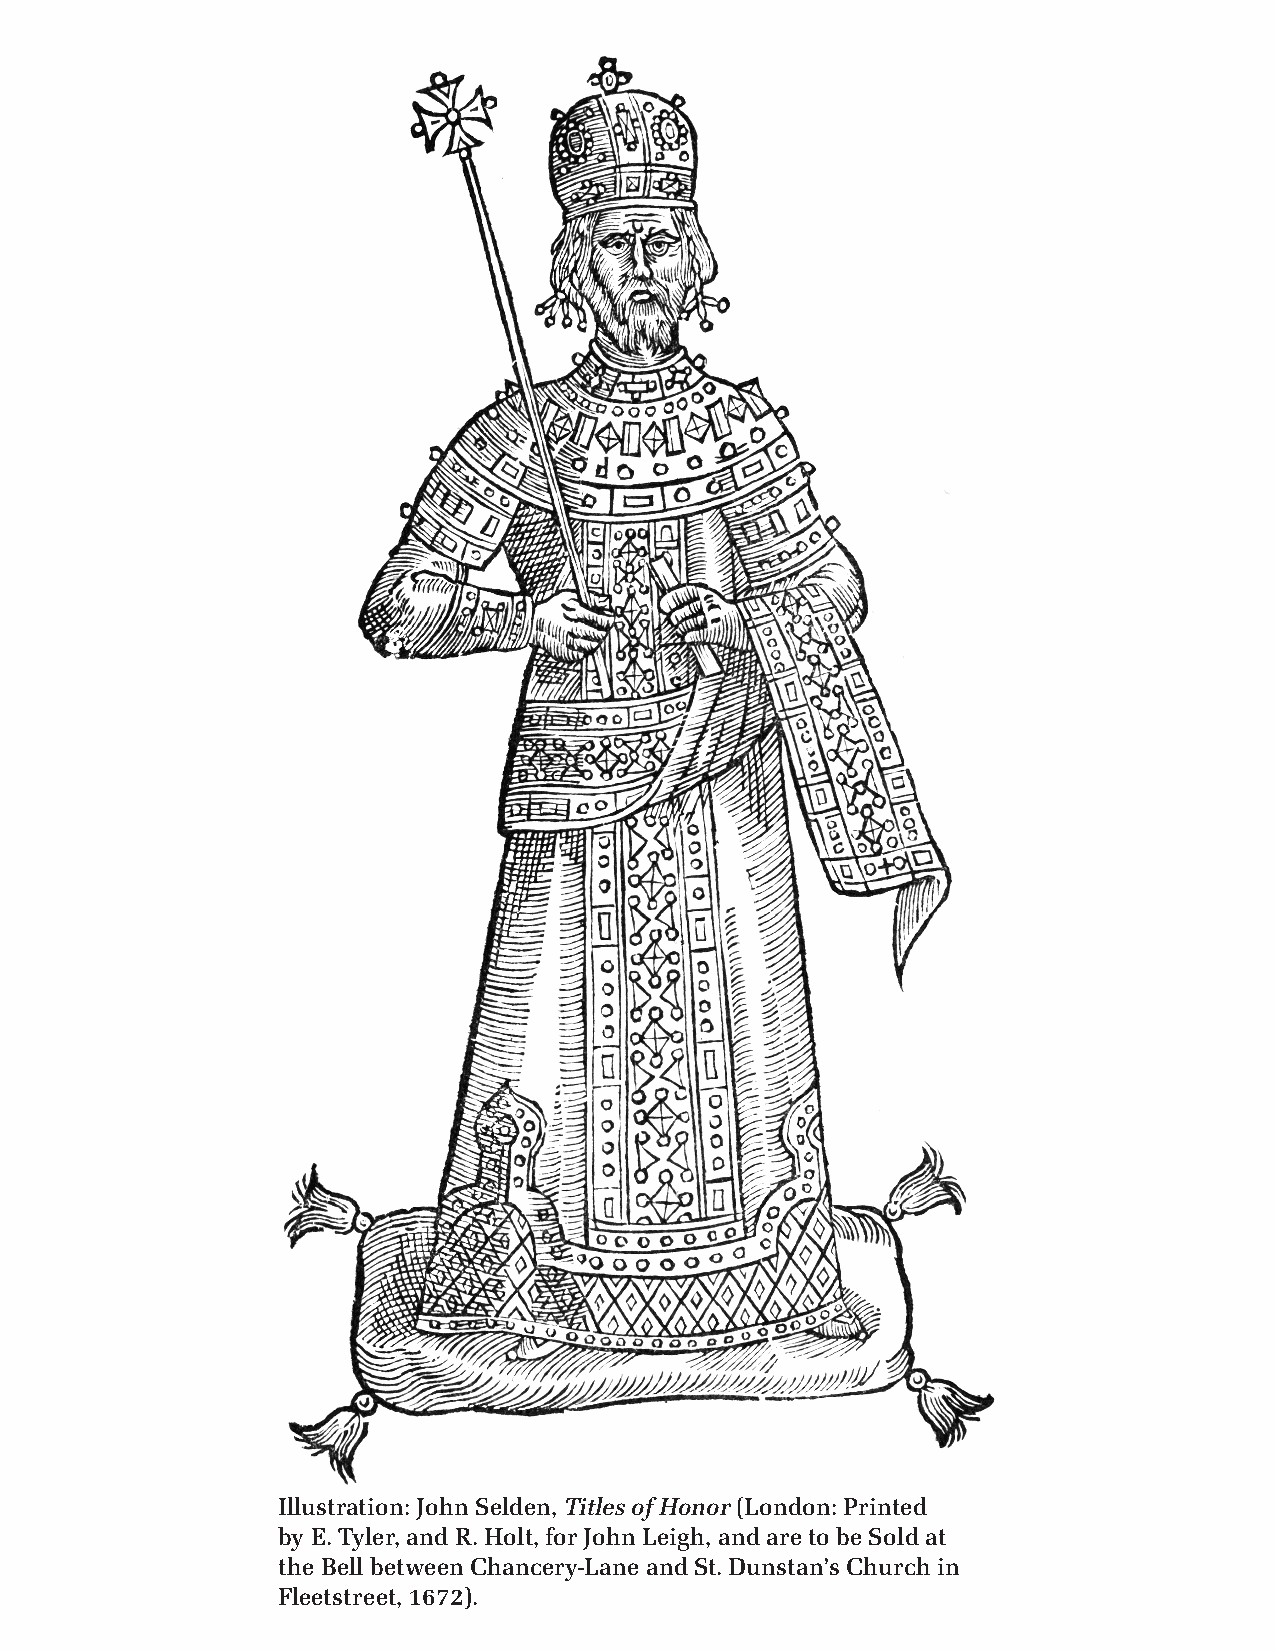
Illustration: John Selden, Titles of Honor (London: Printed
 by E. Tyler, and R. Holt, for John Leigh, and are to be Sold at
 the Bell between Chancery-Lane and St. Dunstan’s Church in
 Fleetstreet, 1672).